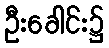
ဦးခေါင်း၌